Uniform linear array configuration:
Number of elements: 4
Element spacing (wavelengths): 0.25
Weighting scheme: binomial
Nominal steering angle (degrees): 0
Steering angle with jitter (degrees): -0.1022
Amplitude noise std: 0.05
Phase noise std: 0.05

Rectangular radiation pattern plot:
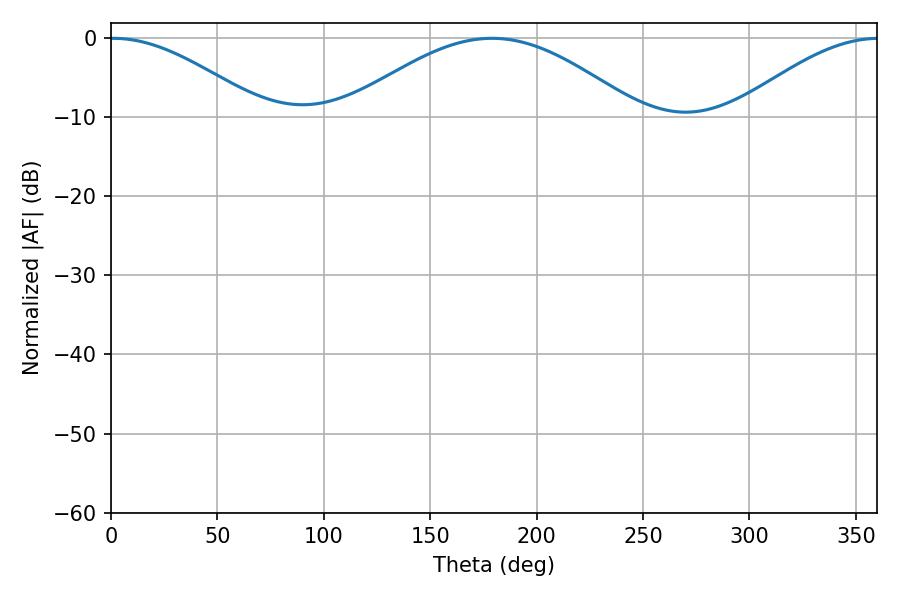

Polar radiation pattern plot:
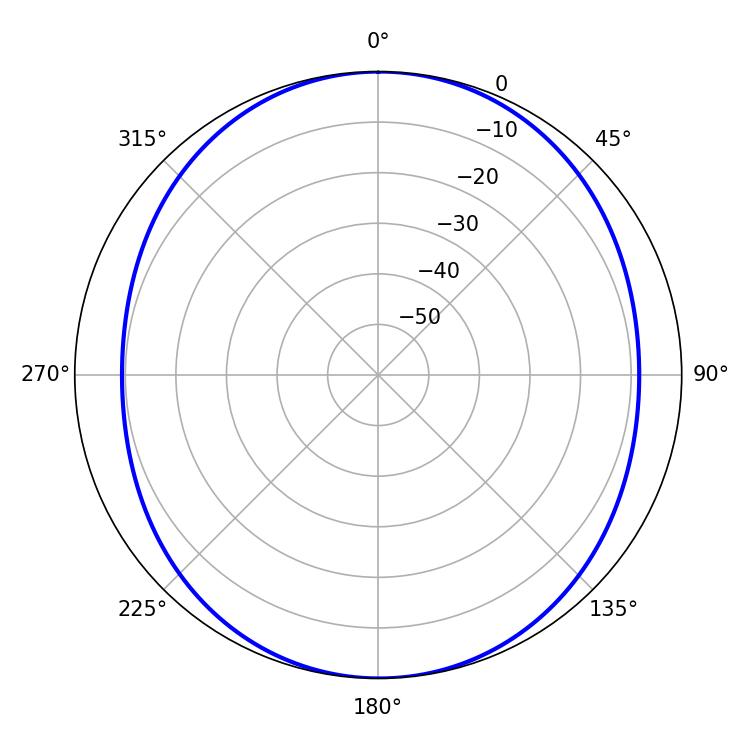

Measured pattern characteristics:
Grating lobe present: FALSE
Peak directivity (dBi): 14.528
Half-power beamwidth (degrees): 38.52
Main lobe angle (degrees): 0.9